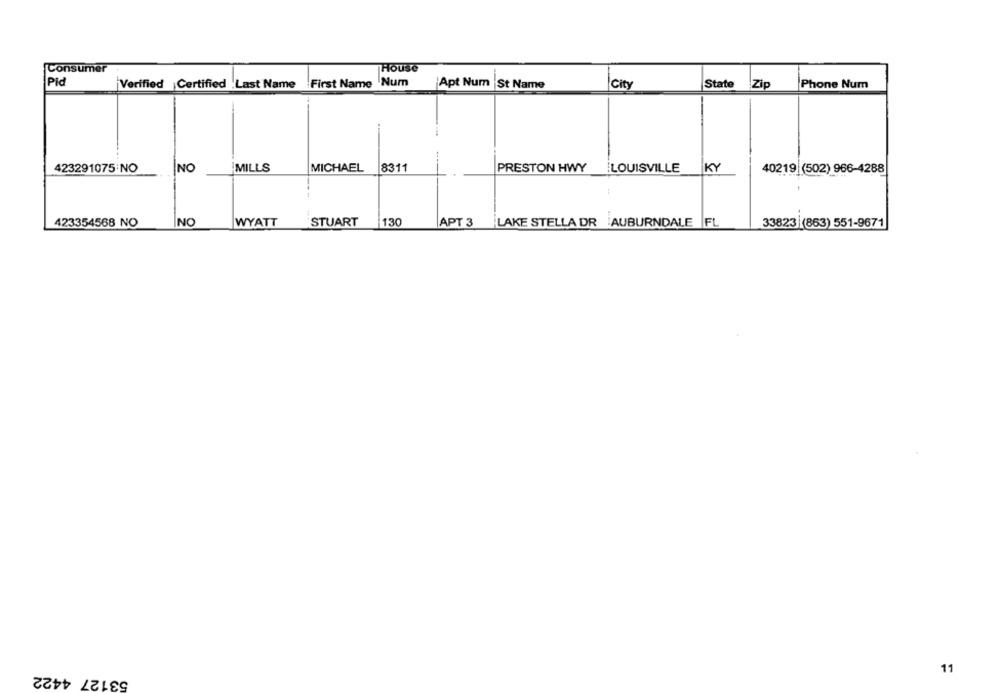
Consumer
House
Pid
First Name Num
Verified Certified Last Name
Apt Num |St Name
City
State
Zip
Phone Num
MICHAEL
423291075 NO
NO
MILLS
8311
PRESTON HWY LOUISVILLE
KY
40219 (502) 966-4288
STUART
423354568 NO
NO
WYATT
130
APT 3 LAKE STELLA DR AUBURNDALE |FL
33823|(863) 551-9671
53127 4422
11